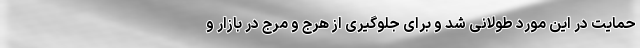
حمایت در این مورد طولانی شد و برای جلوگیری از هرج و مرج در بازار و